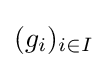
(g_{i})_{i\in I}